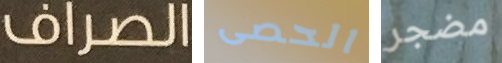
الصراف الحصى مضجر